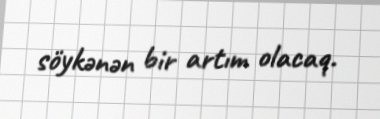
söykənən bir artım olacaq.